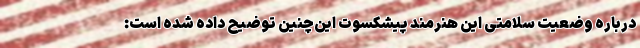
درباره وضعیت سلامتی این هنرمند پیشکسوت این‌چنین توضیح داده شده است: